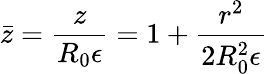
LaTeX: \bar{z}=\frac{z}{R_{0}{\epsilon}}=1+\frac{r^{2}}{2R_{0}^{2}{\epsilon}}